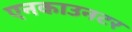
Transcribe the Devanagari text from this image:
एनकाउनटर